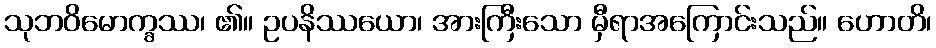
သုဘဝိမောက္ခဿ၊ ၏။ ဥပနိဿယော၊ အားကြီးသော မှီရာအကြောင်းသည်။ ဟောတိ၊